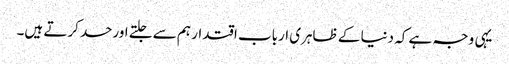
یہی وجہ ہے کہ دنیا کے ظاہری ارباب اقتدار ہم سے جلتے اورحسد کرتے ہیں۔